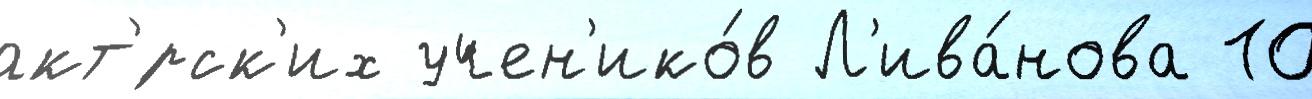
акт'́рск'их учен'ико́в Л'ива́нова 10